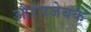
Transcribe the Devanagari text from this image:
औरंगजेबके